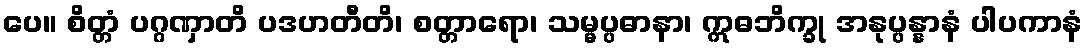
ပေ။ စိတ္တံ ပဂ္ဂဏှာတိ ပဒဟတီတိ၊ စတ္တာရော၊ သမ္မပ္ပဓာနာ၊ ဣဓဘိက္ခု အနုပ္ပန္နာနံ ပါပကာနံ